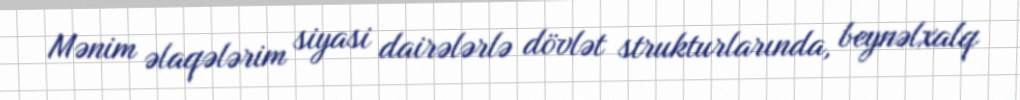
Mənim əlaqələrim siyasi dairələrlə dövlət strukturlarında, beynəlxalq